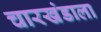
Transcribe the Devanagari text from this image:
चारखंडाला